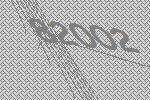
82002